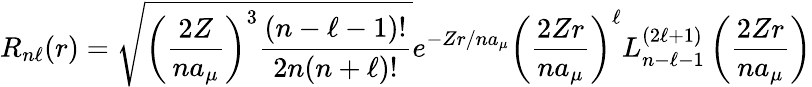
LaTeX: R_{n\ell}(r)={\sqrt{{\left({\frac{2Z}{na_{\mu}}}\right)}^{3}{\frac{(n-\ell-1)!}{2n(n+\ell)!}}}}e^{-Zr/{na_{\mu}}}\left({\frac{2Zr}{na_{\mu}}}\right)^{\ell}L_{n-\ell-1}^{(2\ell+1)}\left({\frac{2Zr}{na_{\mu}}}\right)